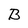
Character: B